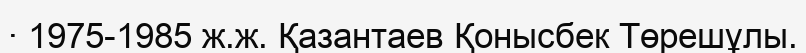
· 1975-1985 ж.ж. Қазантаев Қонысбек Төрешұлы.